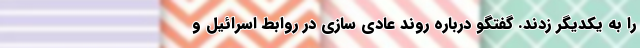
را به یکدیگر زدند. گفتگو درباره روند عادی سازی در روابط اسرائیل و